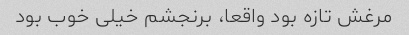
مرغش تازه بود واقعا، برنجشم خیلی خوب بود